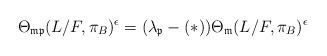
LaTeX: \begin{align*}\Theta_{\mathfrak{m}\mathfrak{p}}(L/F,\pi_B)^{\epsilon} = (\lambda_{\mathfrak{p}}-(\ast))\Theta_{\mathfrak{m}}(L/F,\pi_B)^{\epsilon} \end{align*}